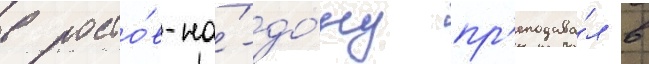
в росто́в-на́-до́ну пр'еподава́л в